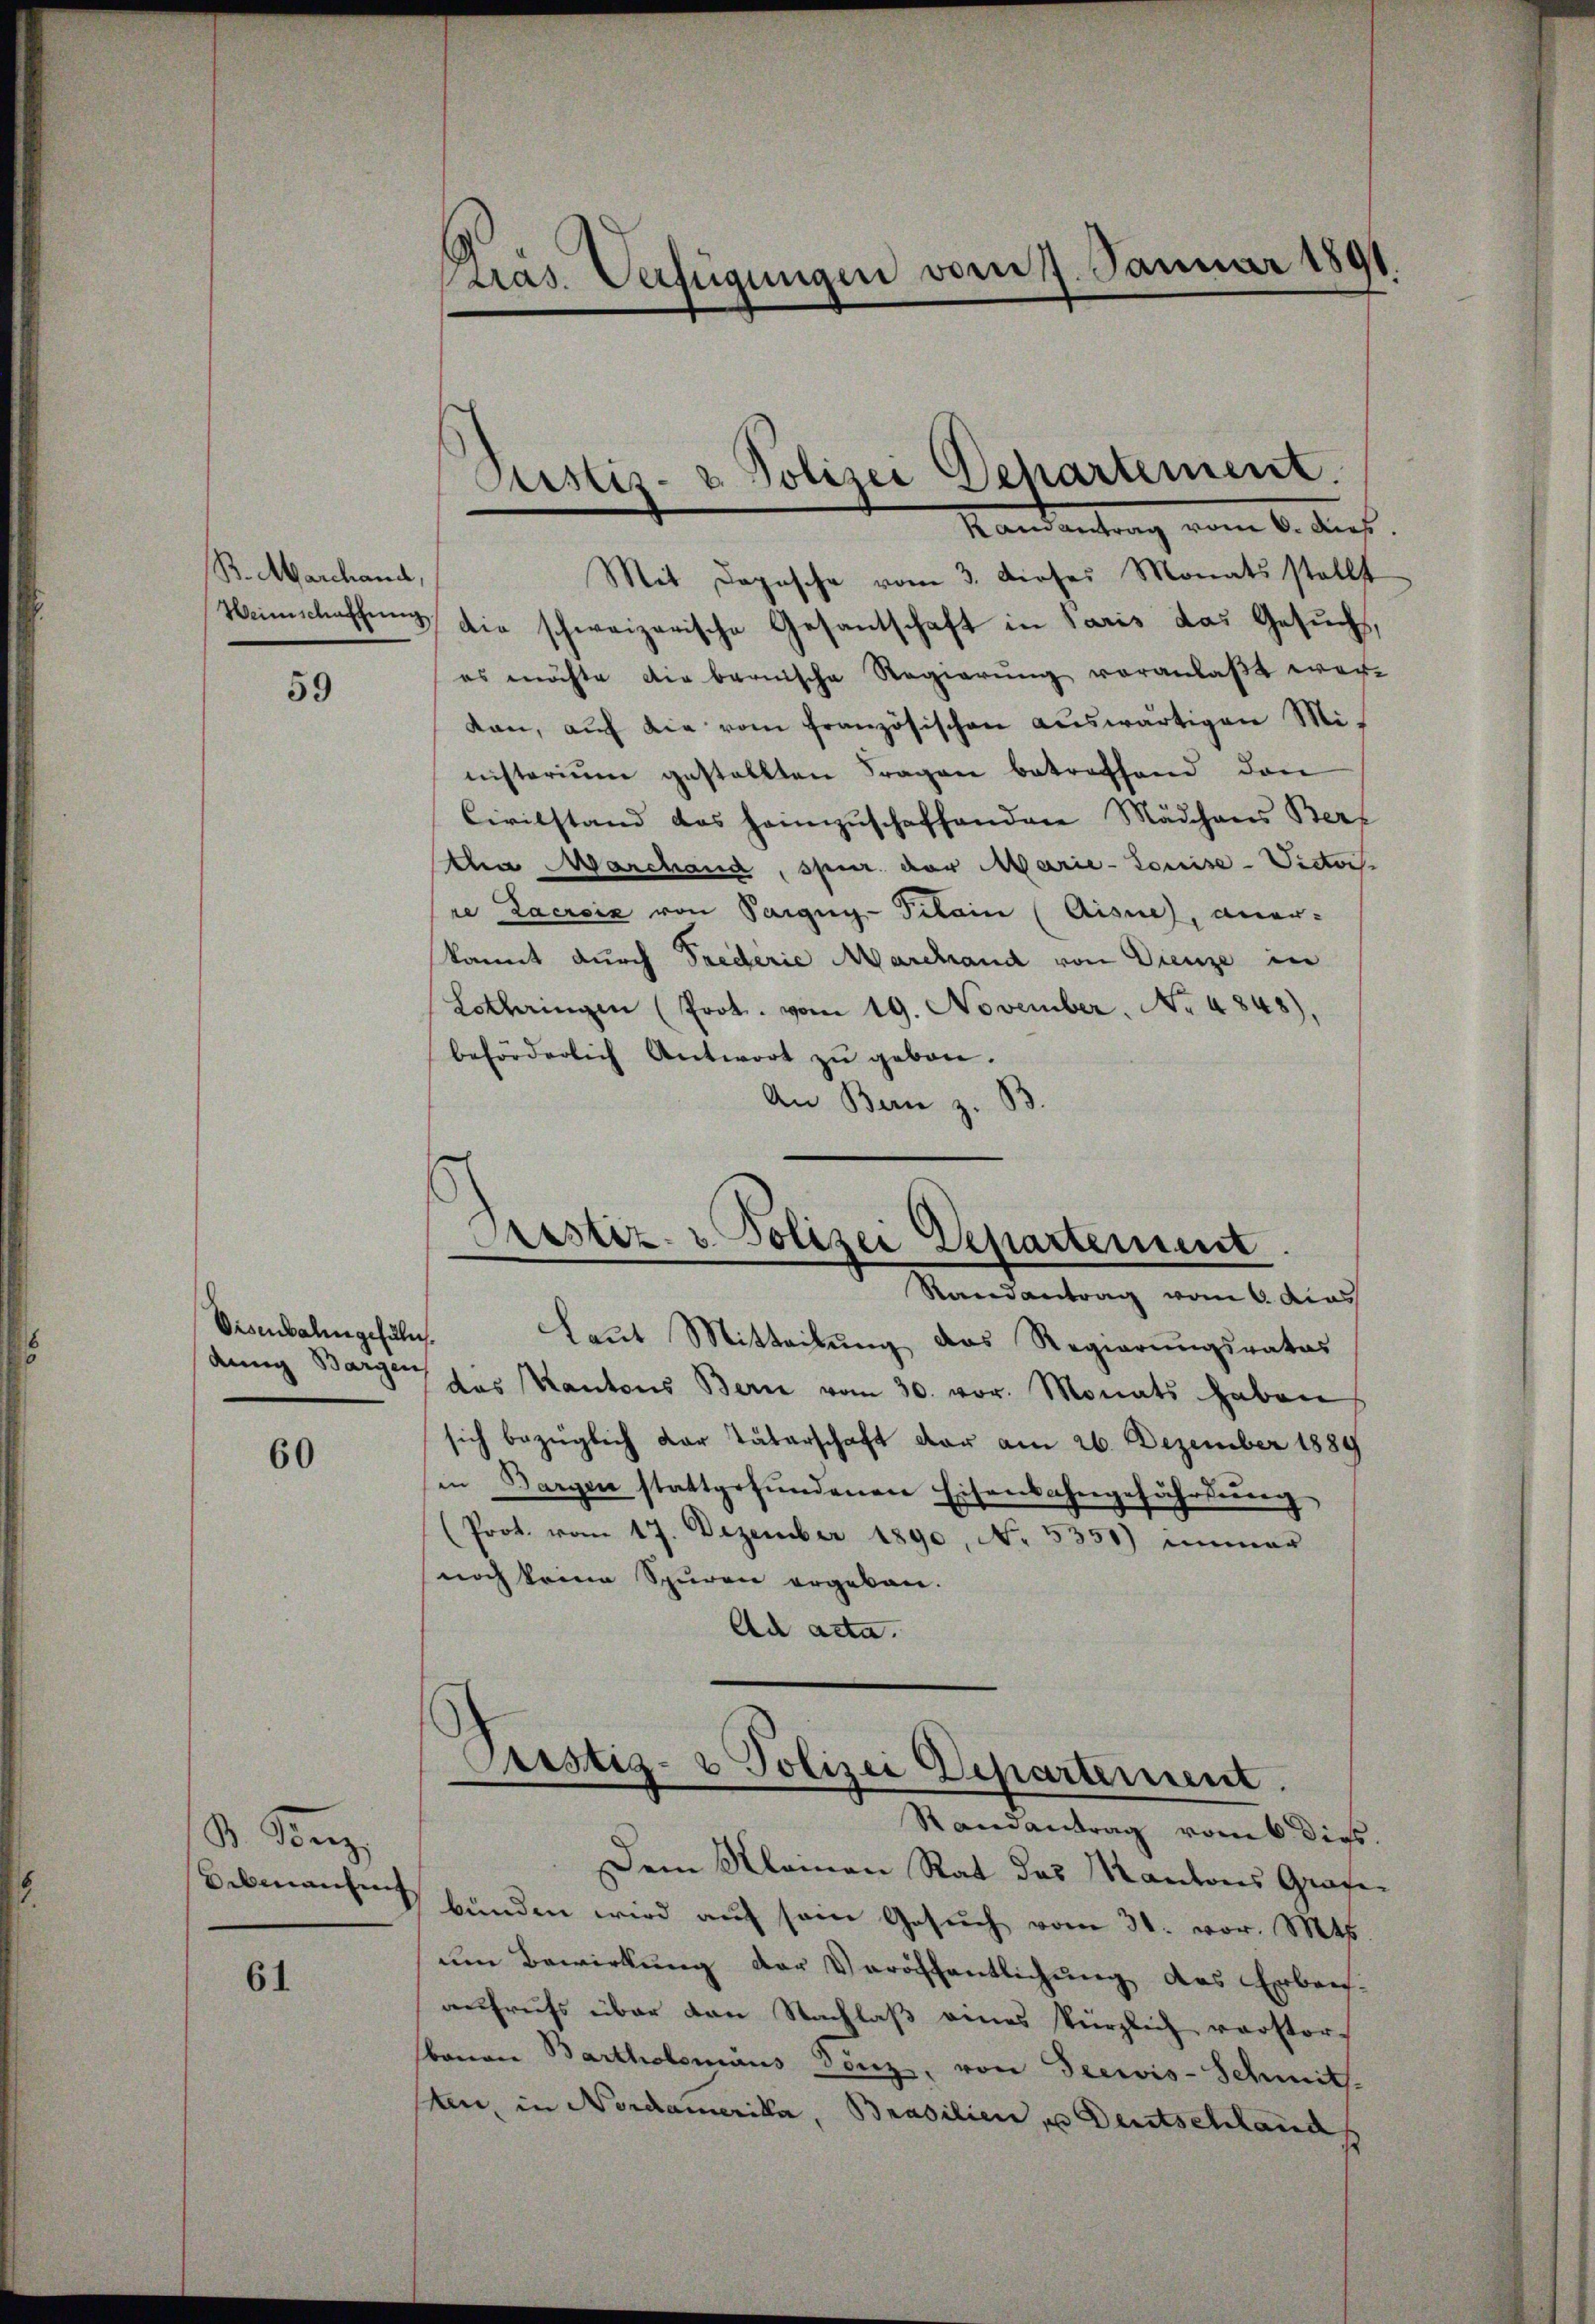
B. Abarchand,

59

Visenbahngefüln.
dung Bargen

60

S. Parz.
Uebmanheit

61

Präs. Verfügungen vom 7. Januar 1891

Justiz- & Polizei Departement.
Mandantung vom 6. dieß.

Mit Depesche vom 3. dieses Monats stellt
Neinschaffung die schweizerische Gesantschaft in Paris das Gesuchs,
es möchte die bernische Regierŭng veranlaβt wer-
kan, aŭf die vom französischen aŭswärtigen Mi-
nisterium gestellten Fragen betreffend dan
Civilstand das heimzuschaffenden Mädchens Bert
Aha Marchand, spur der Marie-Couise-Victore Lacroix von Pargug-Pitain (Aisne), aner-
kannt durch Frederie Marchand von Dienze in
Lothringen (Prot. vom 19. November, No 4848),
beförderlich Antwort zu gebon.
An Bern z. B.

Prastiz- & Polizei Departement
Randantrag vom 6. dies

Laut Mitteilung das Regierungsrates
das Kantons Bern vom 30. vor. Monats haben
sich bezüglich der Täterschaft vor am 26. Dezember 1889
in Bargen stattgefŭndenen Eisenbahngefährdŭng
(Prot. vom 17. Dezember 1890, No. 5351) immer
noch keine Spuren ergeben.
Ad acta.

Pristiz- & Polizei Departement.
Randantrag vom 6 dies.
Dem Kleinen Rat das Kantons Grafe

bünden wird auf sein Gesuch vom 31. vor. Mts.
um Bewirkung der Veröffentlichung des Erbrech-
aufrufs über den Nachlaß eines kürzlich vorstor-
benen Bartholomäus Denz, von Seewis-Schmit
sten, in Nordamerika, Brasilien u Deutschland